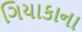
ગિયાકાના